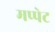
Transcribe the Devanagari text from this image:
मप्पेट